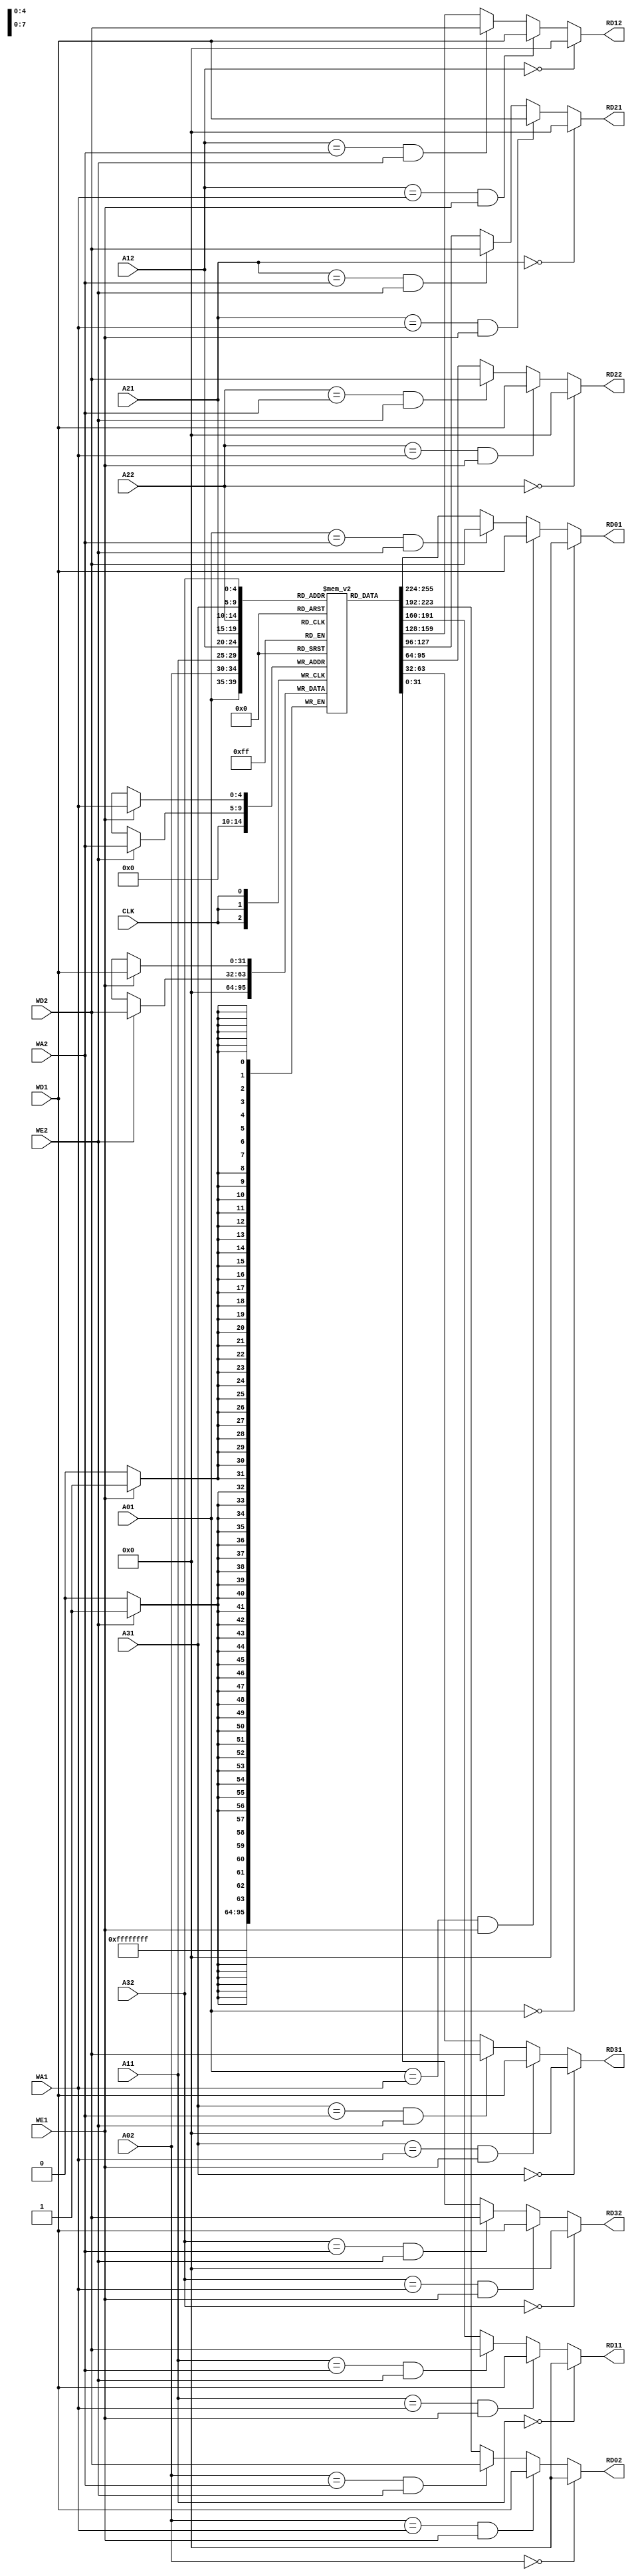
module register_file(
	input			CLK,
	input         	WE1, WE2, 
	input  [4:0] 	A01, A02, A11, A12, A21, A22, A31, A32, WA1, WA2, 
	input  [31:0] 	WD1, WD2,
	output [31:0] 	RD01, RD02, RD11, RD12, RD21, RD22, RD31, RD32);

	reg [31:0] registers [0:31];

	assign RD01 = (A01 == 5'd0) ? 32'd0 :
						 ((A01 == WA1) && WE1) ? WD1 : ((A01 == WA2) && WE2) ? WD2 :registers[ A01 ];
	assign RD02 = (A02 == 5'd0) ? 32'd0 :
						 ((A02 == WA1) && WE1) ? WD1 : ((A02 == WA2) && WE2) ? WD2 :registers[ A02 ];

	assign RD11 = (A11 == 5'd0) ? 32'd0 :
						 ((A11 == WA1) && WE1) ? WD1 : ((A11 == WA2) && WE2) ? WD2 :registers[ A11 ];
	assign RD12 = (A12 == 5'd0) ? 32'd0 :
						 ((A12 == WA1) && WE1) ? WD1 : ((A12 == WA2) && WE2) ? WD2 :registers[ A12 ];

	assign RD21 = (A21 == 5'd0) ? 32'd0 :
						 ((A21 == WA1) && WE1) ? WD1 : ((A21 == WA2) && WE2) ? WD2 :registers[ A21 ];
	assign RD22 = (A22 == 5'd0) ? 32'd0 :
						 ((A22 == WA1) && WE1) ? WD1 : ((A22 == WA2) && WE2) ? WD2 :registers[ A22 ];

	assign RD31 = (A31 == 5'd0) ? 32'd0 :
						 ((A31 == WA1) && WE1) ? WD1 : ((A31 == WA2) && WE2) ? WD2 :registers[ A31 ];
	assign RD32 = (A32 == 5'd0) ? 32'd0 :
						 ((A32 == WA1) && WE1) ? WD1 : ((A32 == WA2) && WE2) ? WD2 :registers[ A32 ];

	always @(posedge CLK)
	begin
		if(WE1)
		begin
			registers[ WA1 ] <= WD1;
		end
		if(WE2)
		begin
			registers[ WA2 ] <= WD2;
		end
		registers[5'd0] <= 32'd0;
	end

endmodule